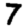
Digit: 7